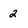
Character: 2